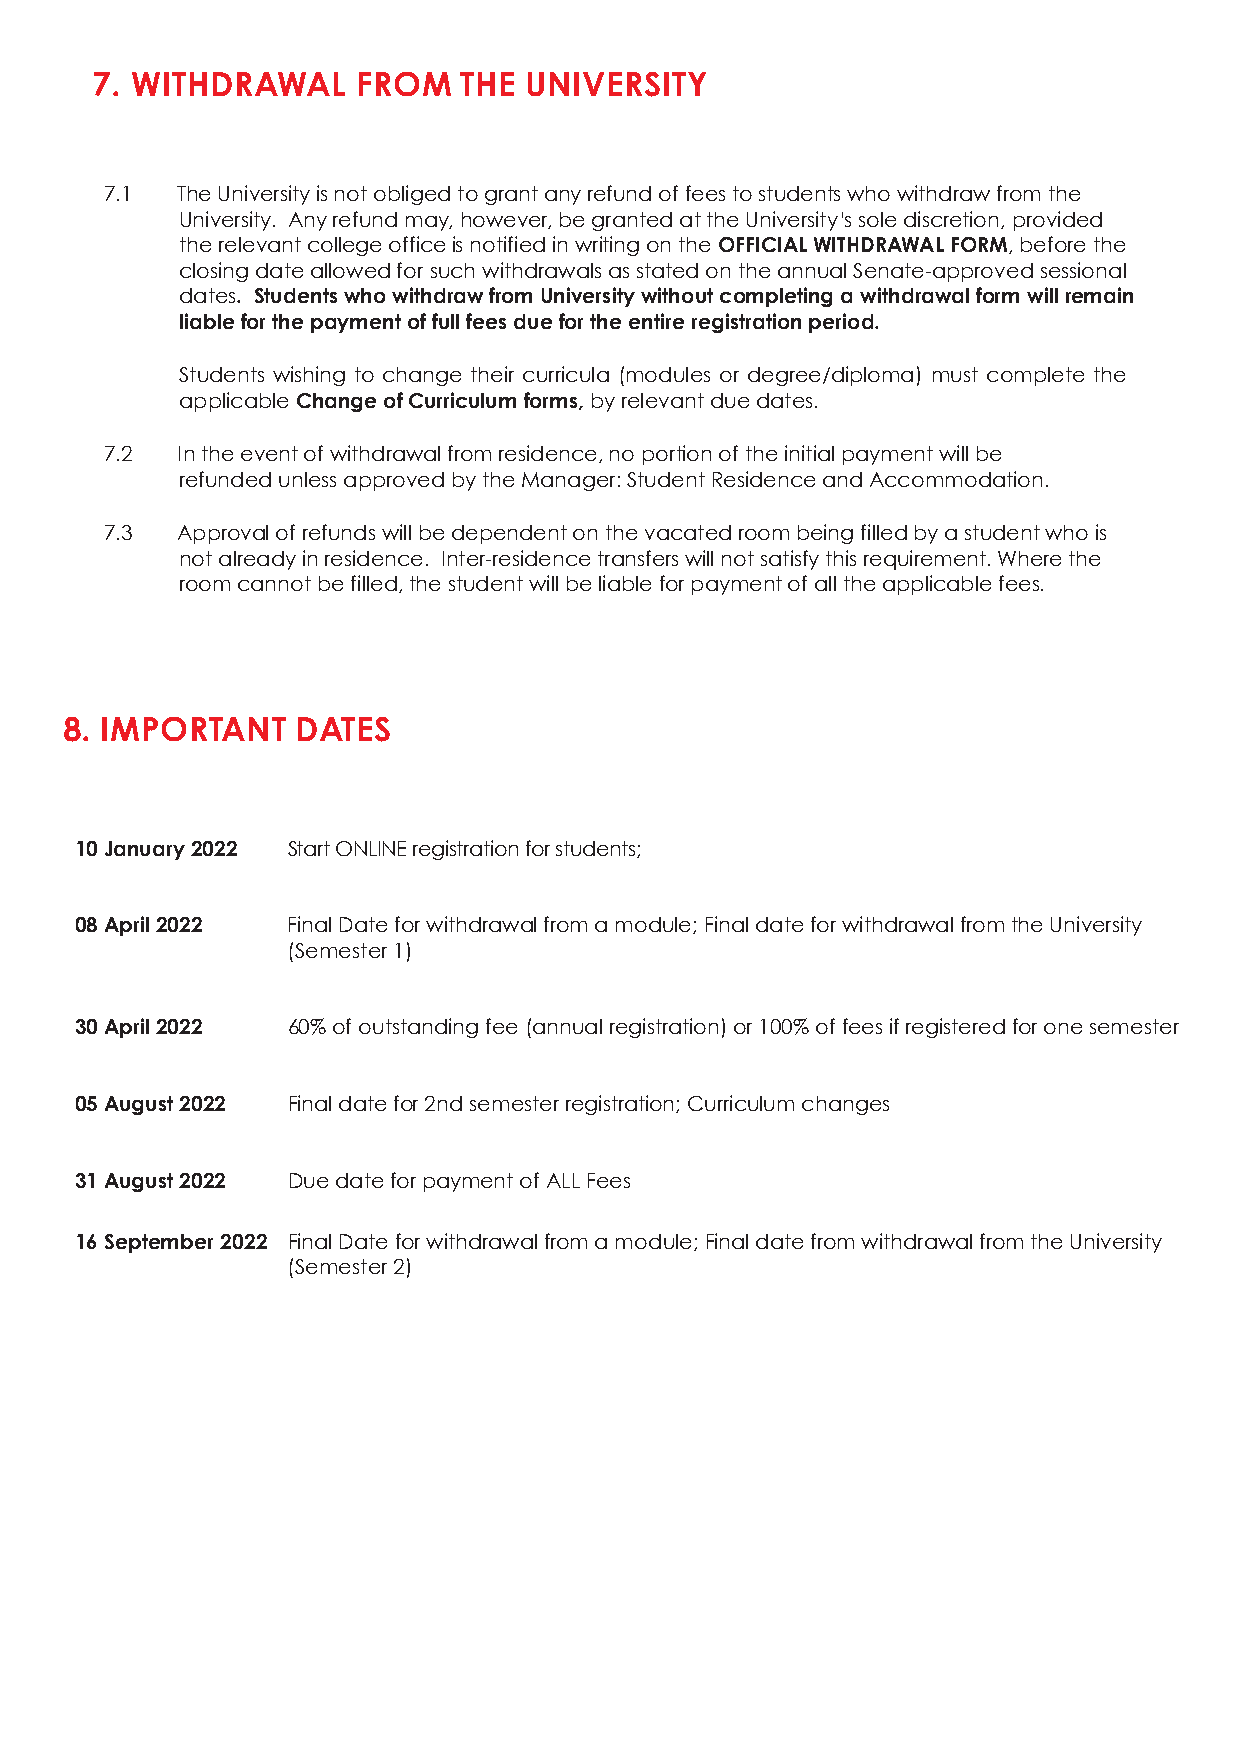
7. WITHDRAWAL     FROM  THE  UNIVERSITY
 7.1  The University is not obliged to grant any refund of fees to students who withdraw from the
 University. Any refund may, however, be granted at the University’s sole discretion, provided
 the relevant college office is notified in writing on the OFFICIAL WITHDRAWAL FORM, before the
 closing date allowed for such withdrawals as stated on the annual Senate-approved sessional
 dates. Students who withdraw from University without completing a withdrawal form will remain
 liable for the payment of full fees due for the entire registration period.
 Students wishing to change their curricula (modules or degree/diploma) must complete the
 applicable Change of Curriculum forms, by relevant due dates.
 7.2  In the event of withdrawal from residence, no portion of the initial payment will be
 refunded unless approved by the Manager: Student Residence and Accommodation.
 7.3  Approval of refunds will be dependent on the vacated room being filled by a student who is
 not already in residence. Inter-residence transfers will not satisfy this requirement. Where the
 room cannot be filled, the student will be liable for payment of all the applicable fees.
 8. IMPORTANT    DATES
 10 January 2022 Start ONLINE registration for students;
 08 April 2022 Final Date for withdrawal from a module; Final date for withdrawal from the University
 (Semester 1)
 30 April 2022 60% of outstanding fee (annual registration) or 100% of fees if registered for one semester
 05 August 2022 Final date for 2nd semester registration; Curriculum changes
 31 August 2022 Due date for payment of ALL Fees
 19
 16 September 2022 Final Date for withdrawal from a module; Final date from withdrawal from the University
 (Semester 2)